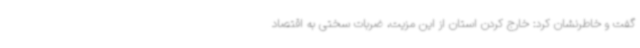
گفت و خاطرنشان کرد: خارج کردن استان از این مزیت، ضربات سختی به اقتصاد